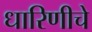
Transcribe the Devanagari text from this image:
धारिणीचे